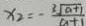
x _ { 2 } = - \frac { 3 \sqrt { a + 1 } } { a + 1 }